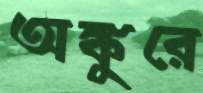
অঙ্কুরে